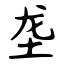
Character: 垄